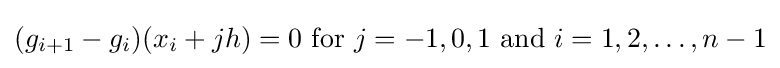
(g_{i+1}-g_{i})(x_{i}+jh)=0{\text{ for }}j=-1,0,1{\text{ and }}i=1,2,\ldots ,n-1